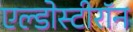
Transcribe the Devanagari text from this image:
एल्डोस्टीरॉन